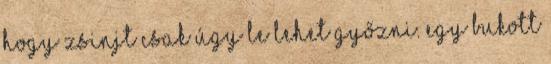
hogy Zsinjt csak úgy le lehet győzni. Egy bukott